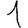
Digit: 1